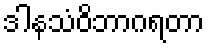
ဒါနသံဝိဘာဂရတာ